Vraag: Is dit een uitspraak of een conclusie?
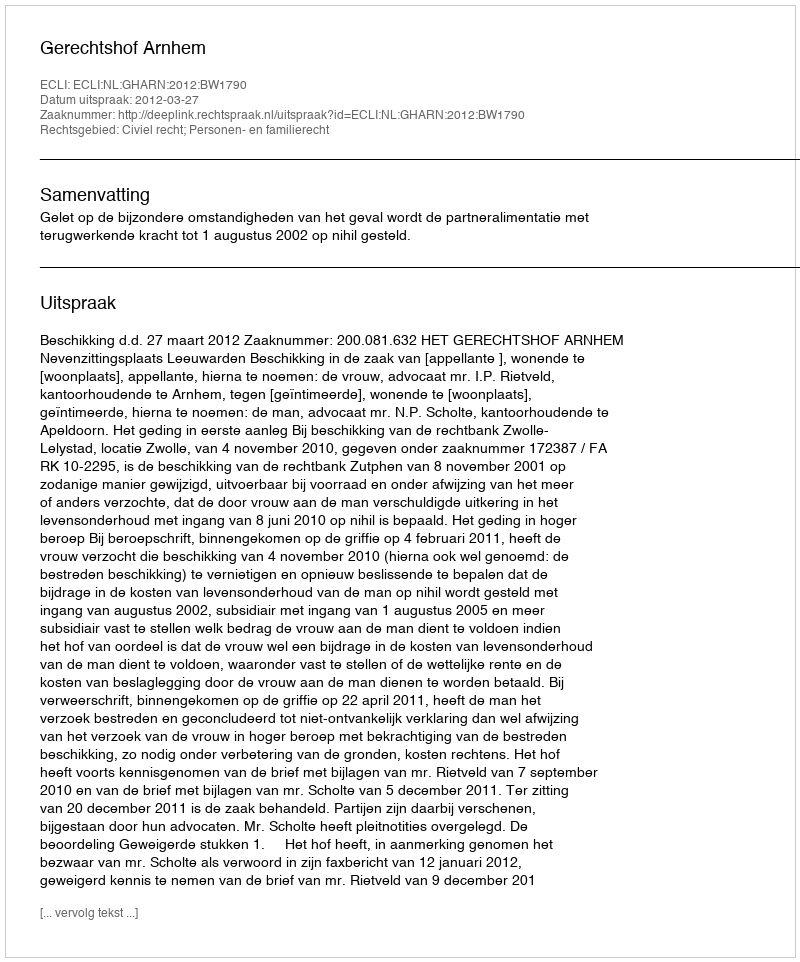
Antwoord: Uitspraak